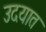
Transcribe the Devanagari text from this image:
उदयात